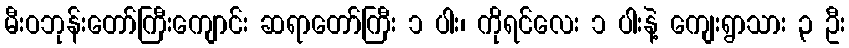
မီးဝဘုန်းတော်ကြီးကျောင်း ဆရာတော်ကြီး ၁ ပါး၊ ကိုရင်လေး ၁ ပါးနဲ့ ကျေးရွာသား ၃ ဦး